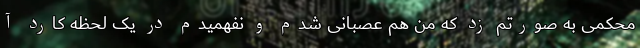
محکمی به صورتم زد که من هم عصبانی شدم و نفهمیدم در یک لحظه کارد آ